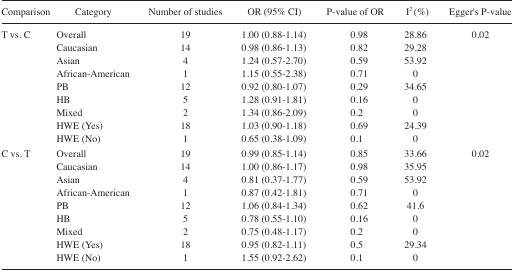
<table><thead><tr><td><b>Comparison</b></td><td><b>Category</b></td><td><b>Number of studies</b></td><td><b>OR (95% CI)</b></td><td><b>P-value of OR</b></td><td><b>I<sup>2</sup> (%)</b></td><td><b>Egger’s P-value</b></td></tr></thead><tbody><tr><td>T vs. C</td><td>Overall</td><td>19</td><td>1.00 (0.88–1.14)</td><td>0.98</td><td>28.86</td><td>0.02</td></tr><tr><td></td><td>Caucasian</td><td>14</td><td>0.98 (0.86–1.13)</td><td>0.82</td><td>29.28</td><td></td></tr><tr><td></td><td>Asian</td><td>4</td><td>1.24 (0.57–2.70)</td><td>0.59</td><td>53.92</td><td></td></tr><tr><td></td><td>African-American</td><td>1</td><td>1.15 (0.55–2.38)</td><td>0.71</td><td>0</td><td></td></tr><tr><td></td><td>PB</td><td>12</td><td>0.92 (0.80–1.07)</td><td>0.29</td><td>34.65</td><td></td></tr><tr><td></td><td>HB</td><td>5</td><td>1.28 (0.91–1.81)</td><td>0.16</td><td>0</td><td></td></tr><tr><td></td><td>Mixed</td><td>2</td><td>1.34 (0.86–2.09)</td><td>0.2</td><td>0</td><td></td></tr><tr><td></td><td>HWE (Yes)</td><td>18</td><td>1.03 (0.90–1.18)</td><td>0.69</td><td>24.39</td><td></td></tr><tr><td></td><td>HWE (No)</td><td>1</td><td>0.65 (0.38–1.09)</td><td>0.1</td><td>0</td><td></td></tr><tr><td>C vs. T</td><td>Overall</td><td>19</td><td>0.99 (0.85–1.14)</td><td>0.85</td><td>33.66</td><td>0.02</td></tr><tr><td></td><td>Caucasian</td><td>14</td><td>1.00 (0.86–1.17)</td><td>0.98</td><td>35.95</td><td></td></tr><tr><td></td><td>Asian</td><td>4</td><td>0.81 (0.37–1.77)</td><td>0.59</td><td>53.92</td><td></td></tr><tr><td></td><td>African-American</td><td>1</td><td>0.87 (0.42–1.81)</td><td>0.71</td><td>0</td><td></td></tr><tr><td></td><td>PB</td><td>12</td><td>1.06 (0.84–1.34)</td><td>0.62</td><td>41.6</td><td></td></tr><tr><td></td><td>HB</td><td>5</td><td>0.78 (0.55–1.10)</td><td>0.16</td><td>0</td><td></td></tr><tr><td></td><td>Mixed</td><td>2</td><td>0.75 (0.48–1.17)</td><td>0.2</td><td>0</td><td></td></tr><tr><td></td><td>HWE (Yes)</td><td>18</td><td>0.95 (0.82–1.11)</td><td>0.5</td><td>29.34</td><td></td></tr><tr><td></td><td>HWE (No)</td><td>1</td><td>1.55 (0.92–2.62)</td><td>0.1</td><td>0</td><td></td></tr></tbody></table>